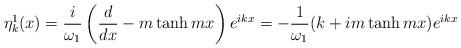
LaTeX: \begin{align*}\eta^1_k(x) = \frac{i}{\omega_1}\left(\frac{d}{dx} - m\tanh mx\right)e^{ikx} = -\frac{1}{\omega_1} (k + i m\tanh mx) e^{ikx}\end{align*}